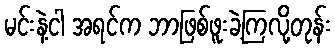
မင်းနဲ့ငါ အရင်က ဘာဖြစ်ဖူးခဲ့ကြလို့တုန်း